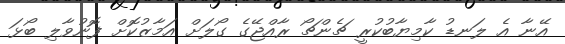
އޭނާ އެ ލަނޑު ކާމިޔާބުކުރީ ޗެންޗޯ ރާއްޖޭގެ ގޯލަށް އަމާޒުކޮށް ފޮނުވާލި ބޯޅަ